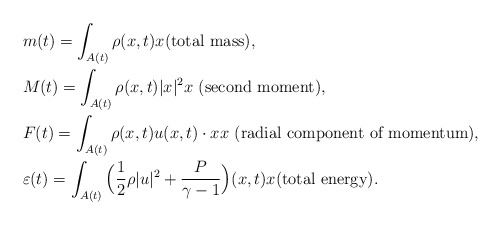
\begin{align*}&m(t)=\int_{A(t)}\rho(x,t)x \textrm{(total mass)},\\&M(t)=\int_{A(t)} \rho(x,t)|x|^{2}x \textrm{ (second moment)},\\&F(t)=\int_{A(t)} \rho(x,t)u(x,t)\cdot x x \textrm{ (radial component of momentum)},\\&\varepsilon(t)=\int_{A(t)} \Big(\frac{1}{2}\rho |u|^2+\frac{P}{\gamma-1}\Big)(x,t) x \textrm{(total energy)}.\end{align*}